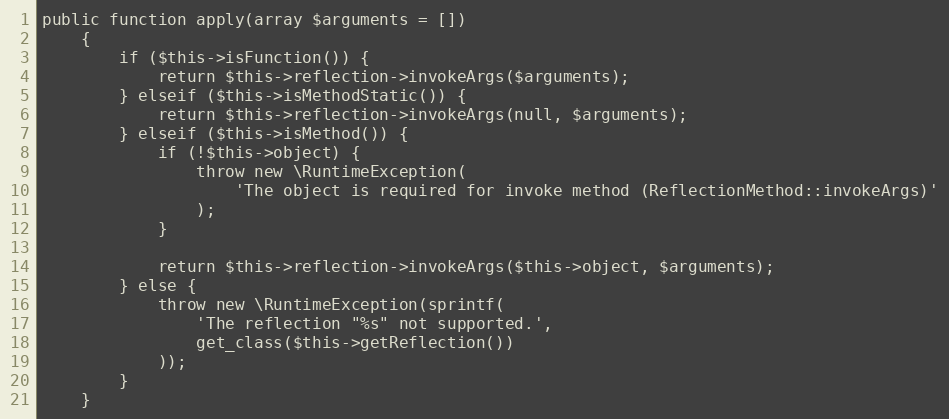
Language: PHP
public function apply(array $arguments = [])
    {
        if ($this->isFunction()) {
            return $this->reflection->invokeArgs($arguments);
        } elseif ($this->isMethodStatic()) {
            return $this->reflection->invokeArgs(null, $arguments);
        } elseif ($this->isMethod()) {
            if (!$this->object) {
                throw new \RuntimeException(
                    'The object is required for invoke method (ReflectionMethod::invokeArgs)'
                );
            }

            return $this->reflection->invokeArgs($this->object, $arguments);
        } else {
            throw new \RuntimeException(sprintf(
                'The reflection "%s" not supported.',
                get_class($this->getReflection())
            ));
        }
    }